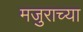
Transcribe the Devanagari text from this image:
मजुराच्या